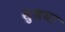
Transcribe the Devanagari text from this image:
सुजया